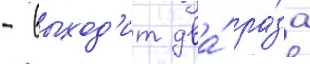
- выход'ит два́ ра́за